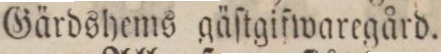
Gärdshems gäſtgiſwaregård.